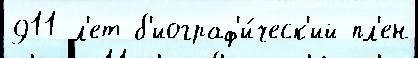
911 л'ет б'иограф'и́ческ'ий пл'ен